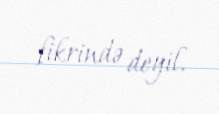
fikrində deyil.